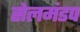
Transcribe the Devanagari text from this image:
सेलमंडप